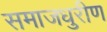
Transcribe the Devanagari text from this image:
समाजधुरीण